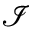
\mathcal { I }